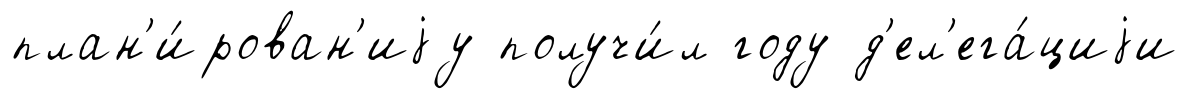
план'и́рован'иjу получи́л году д'ел'ега́циjи